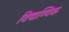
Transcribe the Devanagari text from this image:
विषाण्विक